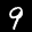
Label: 9